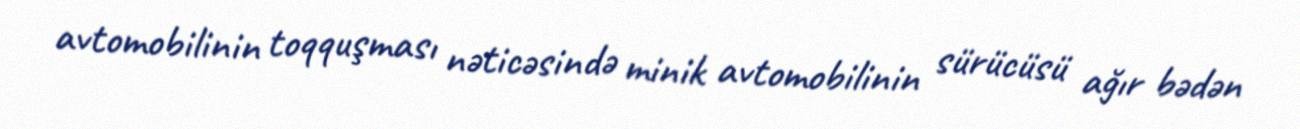
avtomobilinin toqquşması nəticəsində minik avtomobilinin sürücüsü ağır bədən